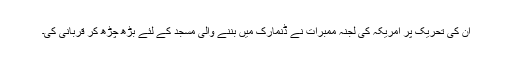
ان کی تحریک پر امریکہ کی لجنہ ممبرات نے ڈنمارک میں بننے والی مسجد کے لئے بڑھ چڑھ کر قربانی کی۔